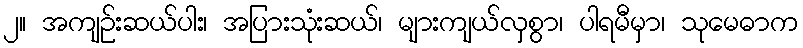
၂။ အကျဉ်းဆယ်ပါး၊ အပြားသုံးဆယ်၊ များကျယ်လှစွာ၊ ပါရမီမှာ၊ သုမေဓာက